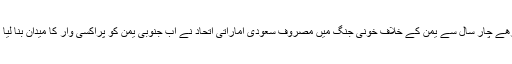
ساڑھے چار سال سے یمن کے خلاف خونی جنگ میں مصروف سعودی اماراتی اتحاد نے اب جنوبی یمن کو پراکسی وار کا میدان بنا لیا ہے۔